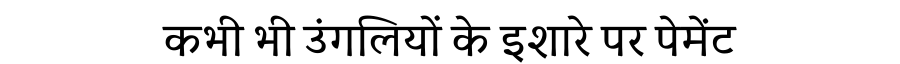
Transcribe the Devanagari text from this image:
कभी भी उंगलियों के इशारे पर पेमेंट